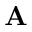
\mathbf { A }